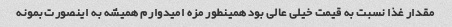
مقدار غذا نسبت به قیمت خیلی عالی بود همینطور مزه امیدوارم همیشه به اینصورت بمونه